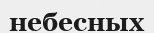
небесных